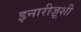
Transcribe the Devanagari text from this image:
इनारीज़ूशी